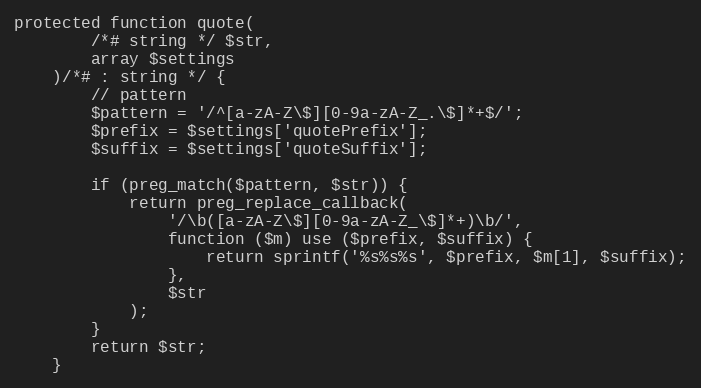
Language: PHP
protected function quote(
        /*# string */ $str,
        array $settings
    )/*# : string */ {
        // pattern
        $pattern = '/^[a-zA-Z\$][0-9a-zA-Z_.\$]*+$/';
        $prefix = $settings['quotePrefix'];
        $suffix = $settings['quoteSuffix'];

        if (preg_match($pattern, $str)) {
            return preg_replace_callback(
                '/\b([a-zA-Z\$][0-9a-zA-Z_\$]*+)\b/',
                function ($m) use ($prefix, $suffix) {
                    return sprintf('%s%s%s', $prefix, $m[1], $suffix);
                },
                $str
            );
        }
        return $str;
    }